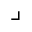
\lrcorner